Report of the Imperial Institute of Veterinary Research, Muktesar
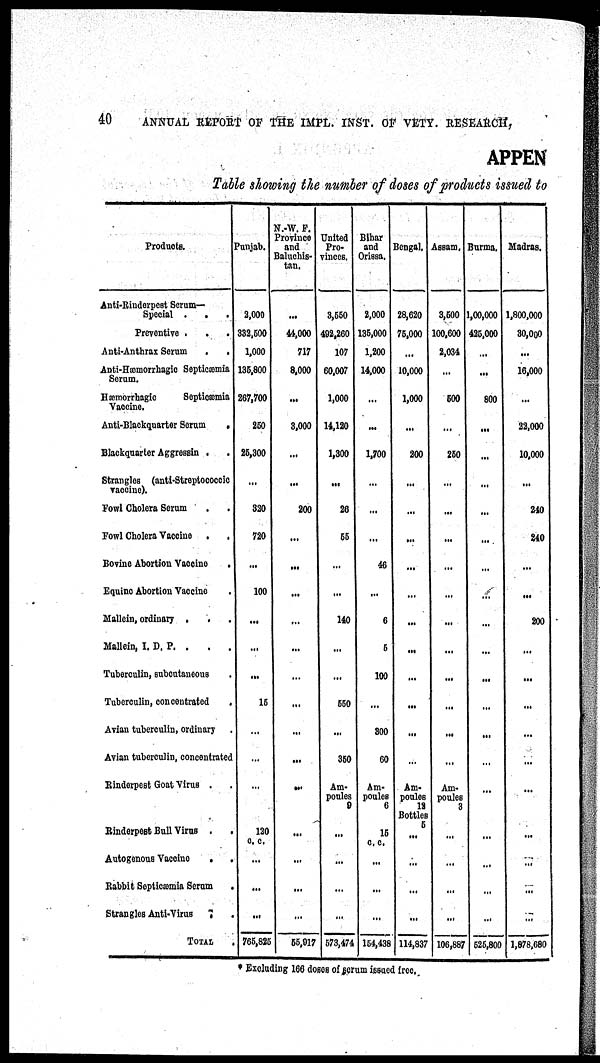
40
ANNUAL REPORT OF THE IMPL. INST. OF VETY. RESEARCH,
APPEN
Table showing the number of doses of products issued to
Products.
Anti-Rinderpest Serum¬
Special .
.
Preventive .
.
Anti-Anthrax Serum
.
,
Anti-Hæmorrhagic Septicæmia
Serum.
Hæmorrhagic
Septicæmia
Vaccine.
Anti-Blackquarter Serum
.
Blackquarter Aggressin .
Strangles (anti-Streptococcic
vaccine).
Fowl Cholera Serum
Fowl Cholera Vaccine
.
.
Bovine Abortion Vaccine
.
Equine Abortion Vaccine
Mallein, ordinary
.
.
Mallein, I. D. P. .
.
.
Tuberculin, subcutaneous
Tuberculin, concentrated
.
Avian tuberculin, ordinary
Avian tuberculin, concentrated
Rinderpest Goat Virus .
Rinderpest Bull Virus .
.
Autogenous Vaccine .
Rabbit Septicæmia Serum
.
Strangles Anti-Virus
.
TOTAL
Punjab.
2,000
332,500
1,000
135,800
267,700
250
25,300
...
320
720
...
100
...
...
...
15
...
...
...
120
c. c.
...
...
765,825
N.-W. F.
Province
and
Baluchis¬
tan.
...
44,000
717
8,000
...
3,000
...
...
200
...
...
...
...
...
...
...
...
...
...
...
...
...
..
55,917
United
Pro-
vinces.
3,550
492,260
107
60,007
1,000
14,120
1,300
...
26
55
...
...
140
...
...
550
...
350
Am-
poules
9
...
...
...
...
573,474
Bihar
and
Orissa.
2,000
135,000
1,200
14,000
...
...
1,700
...
...
...
46
...
6
5
100
...
300
60
Am-
poules
6
15
c. c.
...
...
...
154,438
Bengal.
28,620
75,000
...
10,000
1,000
...
200
...
...
...
...
...
...
...
...
...
...
...
Am-
poules
12
Bottles
5
...
...
...
...
114,837
Assam.
3,500
100,600
2,034
...
500
...
250
...
...
...
...
...
...
...
...
...
...
...
Am-
poules
3
...
...
...
...
106,887
Burma.
1,00,000
425,000
...
...
800
...
...
...
...
...
...
...
...
...
...
...
...
...
...
...
...
...
...
525,800
Madras.
1,800,000
30,000
...
16,000
...
22,000
10,000
...
240
240
...
...
200
...
...
...
...
...
...
...
...
...
...
1,878,680
* Excluding 166 doses of serum issued free.